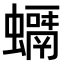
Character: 𧒘